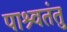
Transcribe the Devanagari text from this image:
पाश्र्वतंतु